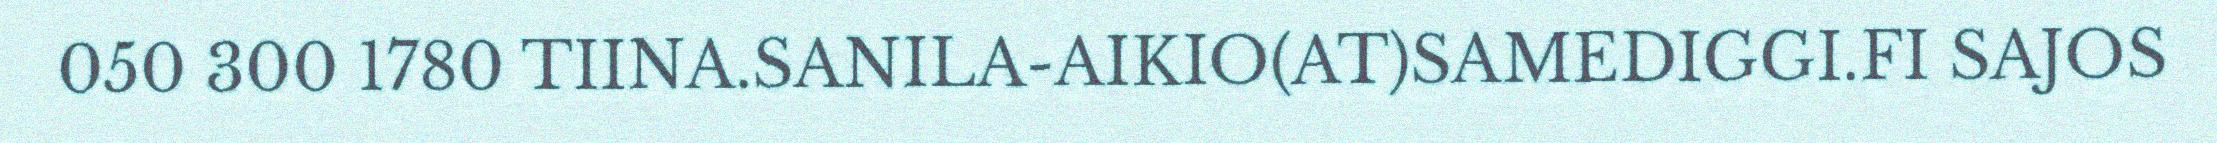
050 300 1780 TIINA.SANILA-AIKIO(AT)SAMEDIGGI.FI SAJOS